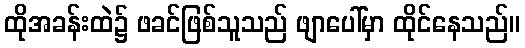
ထိုအခန်းထဲ၌ ဖခင်ဖြစ်သူသည် ဖျာပေါ်မှာ ထိုင်နေသည်။